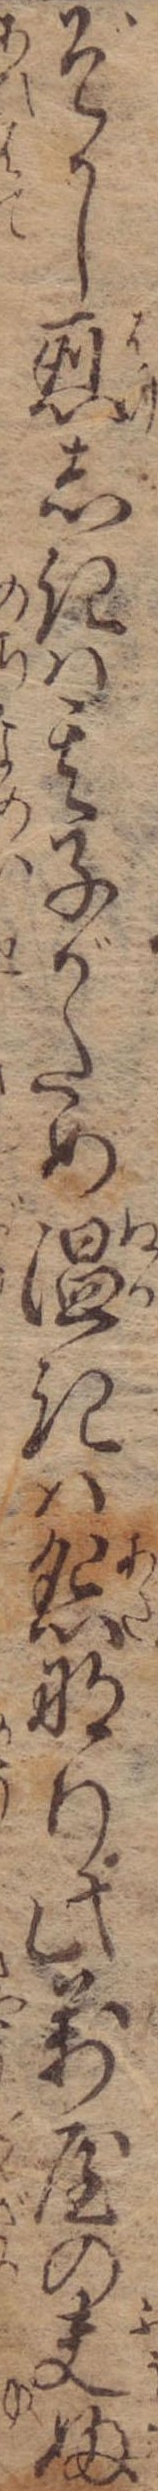
ぞかし烈しきは其子がため温きは怨なり此万屋の夫婦